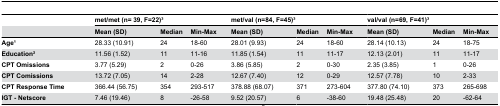
|  | <COLSPAN=3> met/met (n= 39, F=22)3 | <COLSPAN=3> met/val (n=84, F=45)3 | <COLSPAN=3> val/val (n=69, F=41)3 |
 |  | Mean (SD) | Median | Min-Max | Mean (SD) | Median | Min-Max | Mean (SD) | Median | Min-Max |
 | --- | --- | --- | --- | --- | --- | --- | --- | --- | --- |
 | Age1 | 28.33 (10.91) | 24 | 18-60 | 28.01 (9.93) | 24 | 18-60 | 28.14 (10.13) | 24 | 18-75 |
 | Education2 | 11.56 (1.52) | 11 | 11-16 | 11.85 (1.54) | 11 | 11-17 | 12.13 (2.01) | 11 | 11-17 |
 | CPT Omissions | 3.77 (5.29) | 2 | 0-26 | 3.86 (5.85) | 2 | 0-30 | 2.35 (3.85) | 1 | 0-26 |
 | CPT Comissions | 13.72 (7.05) | 14 | 2-28 | 12.67 (7.40) | 12 | 0-29 | 12.57 (7.78) | 10 | 2-33 |
 | CPT Response Time | 366.44 (56.75) | 354 | 293-517 | 378.88 (68.07) | 371 | 273-604 | 377.80 (74.10) | 373 | 265-698 |
 | IGT - Netscore | 7.46 (19.46) | 8 | -26-58 | 9.52 (20.57) | 6 | -38-60 | 19.48 (25.48) | 20 | -62-64 |